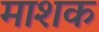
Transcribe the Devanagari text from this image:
माशक